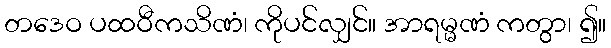
တဒေဝ ပထဝီကသိဏံ၊ ကိုပင်လျှင်။ အာရမ္မဏံ ကတွာ၊ ၍။